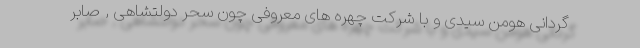
گردانی هومن سیدی و با شرکت چهره های معروفی چون سحر دولتشاهی , صابر